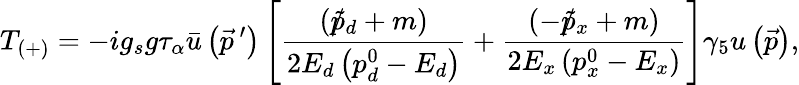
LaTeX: T_{\left(+\right)}=-ig_{s}g\tau_{\alpha}\bar{u}\left(\vec{p}^{\ \prime}\right)\left[\frac{\left(\rlap/\tilde{p}_{d}+m\right)}{2E_{d}\left(p_{d}^{0}-E_{d}\right)}+\frac{\left(-\rlap/\tilde{p}_{x}+m\right)}{2E_{x}\left(p_{x}^{0}-E_{x}\right)}\right]\gamma_{5}u\left(\vec{p}\right),